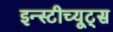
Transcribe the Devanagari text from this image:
इन्स्टीच्यूट्स